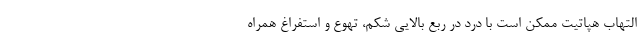
التهاب هپاتیت ممکن است با درد در ربع بالایی شکم، تهوع و استفراغ همراه